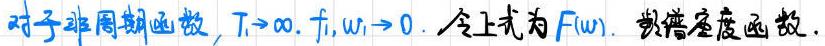
对于非周期函数，$T_{1}\to \infty ,f_{1},\omega _{1}\to 0$. 令上式为$F(\omega )$. 频谱密度函数.